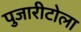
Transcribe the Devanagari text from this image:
पुजारीटोला